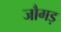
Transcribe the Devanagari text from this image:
जौगड़